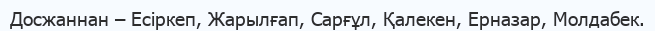
Досжаннан – Есіркеп, Жарылғап, Сарғұл, Қалекен, Ерназар, Молдабек.